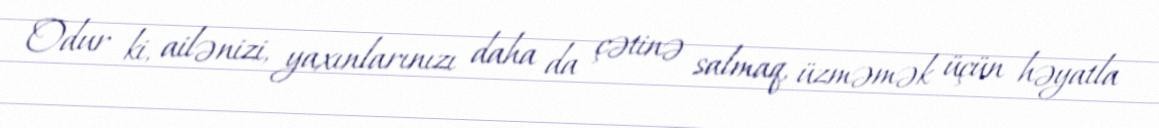
Odur ki, ailənizi, yaxınlarınızı daha da çətinə salmaq, üzməmək üçün həyatla